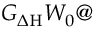
G _ { \Delta \mathrm { H } } W _ { 0 } @